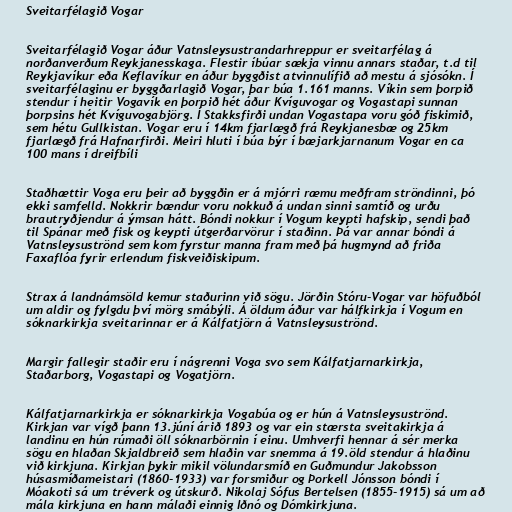
Sveitarfélagið Vogar

Sveitarfélagið Vogar áður Vatnsleysustrandarhreppur er sveitarfélag á
norðanverðum Reykjanesskaga. Flestir íbúar sækja vinnu annars staðar, t.d til
Reykjavíkur eða Keflavíkur en áður byggðist atvinnulífið að mestu á sjósókn. Í
sveitarfélaginu er byggðarlagið Vogar, þar búa 1.161 manns. Víkin sem þorpið
stendur í heitir Vogavík en þorpið hét áður Kvíguvogar og Vogastapi sunnan
þorpsins hét Kvíguvogabjörg. Í Stakksfirði undan Vogastapa voru góð fiskimið,
sem hétu Gullkistan. Vogar eru í 14km fjarlægð frá Reykjanesbæ og 25km
fjarlægð frá Hafnarfirði. Meiri hluti í búa býr í bæjarkjarnanum Vogar en ca
100 mans í dreifbíli

Staðhættir Voga eru þeir að byggðin er á mjórri ræmu meðfram ströndinni, þó
ekki samfelld. Nokkrir bændur voru nokkuð á undan sinni samtíð og urðu
brautryðjendur á ýmsan hátt. Bóndi nokkur í Vogum keypti hafskip, sendi það
til Spánar með fisk og keypti útgerðarvörur í staðinn. Þá var annar bóndi á
Vatnsleysuströnd sem kom fyrstur manna fram með þá hugmynd að friða
Faxaflóa fyrir erlendum fiskveiðiskipum.

Strax á landnámsöld kemur staðurinn við sögu. Jörðin Stóru-Vogar var höfuðból
um aldir og fylgdu því mörg smábýli. Á öldum áður var hálfkirkja í Vogum en
sóknarkirkja sveitarinnar er á Kálfatjörn á Vatnsleysuströnd.

Margir fallegir staðir eru í nágrenni Voga svo sem Kálfatjarnarkirkja,
Staðarborg, Vogastapi og Vogatjörn.

Kálfatjarnarkirkja er sóknarkirkja Vogabúa og er hún á Vatnsleysuströnd.
Kirkjan var vígð þann 13.júní árið 1893 og var ein stærsta sveitakirkja á
landinu en hún rúmaði öll sóknarbörnin í einu. Umhverfi hennar á sér merka
sögu en hlaðan Skjaldbreið sem hlaðin var snemma á 19.öld stendur á hlaðinu
við kirkjuna. Kirkjan þykir mikil völundarsmíð en Guðmundur Jakobsson
húsasmíðameistari (1860-1933) var forsmiður og Þorkell Jónsson bóndi í
Móakoti sá um tréverk og útskurð. Nikolaj Sófus Bertelsen (1855-1915) sá um að
mála kirkjuna en hann málaði einnig Iðnó og Dómkirkjuna.